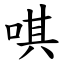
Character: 唭